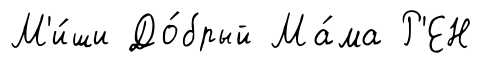
М'и́ши До́брый Ма́ма Р'ЕН